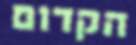
הקדום